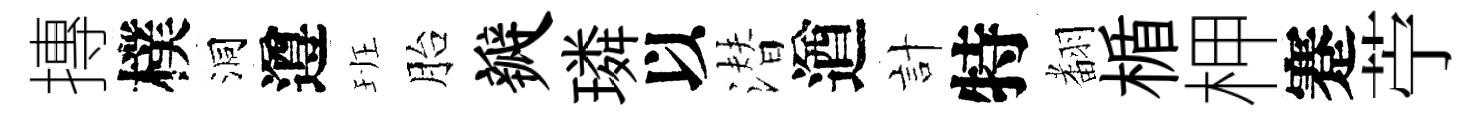
摶樸洞遵班胎瓣璘以潜遒計特𮋒楯柙蹇苧